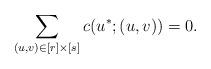
LaTeX: \begin{align*}\sum_{(u,v) \in [r]\times [s]}c(u^{\ast}; (u,v)) = 0.\end{align*}